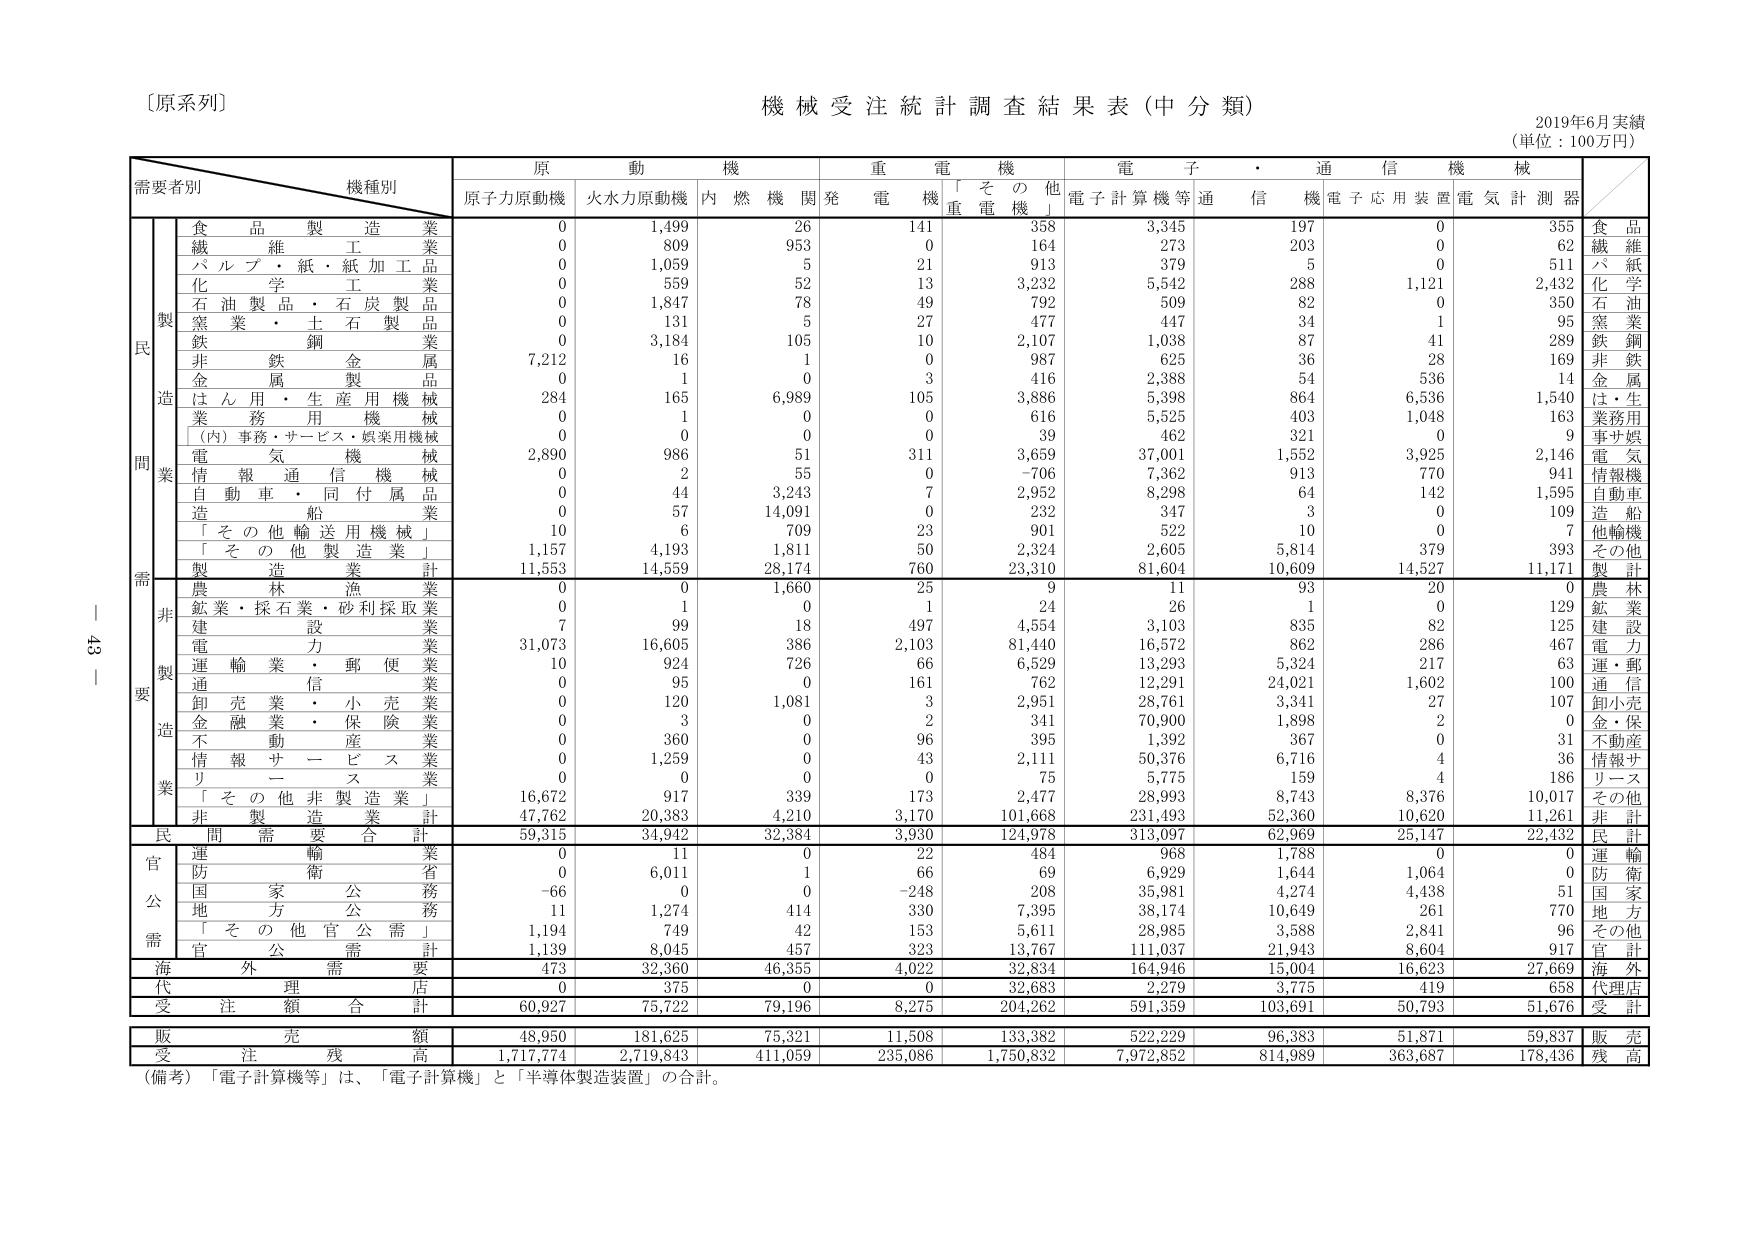
〔原系列〕
機械受注統計調査結果表（中分類）
2019年6月実績
（単位：100万円）

需要者別　機種別